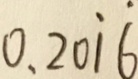
0 . 2 0 \dot { 1 } \dot { 6 }